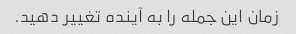
زمان این جمله را به آینده تغییر دهید.